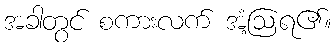
အခါတွင် စကားလက် အံ့ဩရ၏။